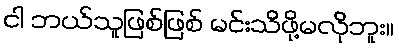
ငါ ဘယ်သူဖြစ်ဖြစ် မင်းသိဖို့မလိုဘူး။